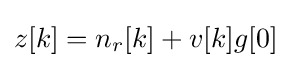
z[k]=n_{r}[k]+v[k]g[0]